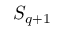
S _ { q + 1 }